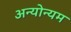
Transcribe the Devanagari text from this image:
अन्योन्यम